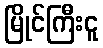
မြိုင်ကြီးငူ